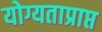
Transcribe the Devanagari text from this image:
योग्यताप्राप्त